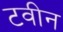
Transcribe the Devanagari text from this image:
टवीन